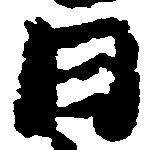
日